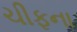
ચીફના